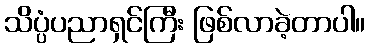
သိပ္ပံပညာရှင်ကြီး ဖြစ်လာခဲ့တာပါ။